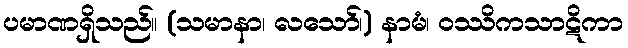
ပမာဏရှိသည်။ (သမာနာ၊ လသော်၊) နာမံ၊ ဝဿိကသာဋိကာ